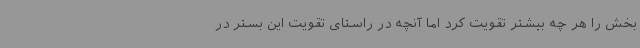
بخش را هر چه بیشتر تقویت کرد اما آنچه در راستای تقویت این بستر در